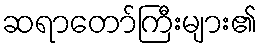
ဆရာတော်ကြီးများ၏